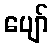
ပျော်